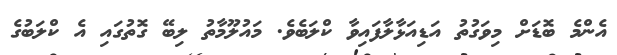
އެންމެ ބޮޑަށް މިވަގުތު އަޑިއަޅާލާފައިވާ ކްލަބެވެ. މައުލޫމާތު ލިބޭ ގޮތުގައި އެ ކްލަބުގެ